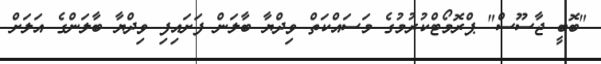
"ބޮބީ ޖާސޫސް" ޕްރޮމޯޓްކުރުމުގެ މަސައްކަތް ވިދްޔާ ބާލަން ފަށައިފި ވިދްޔާ ބާލަންގެ އަލަށް